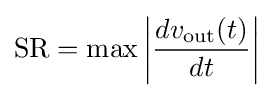
\mathrm {SR} =\max \left|{\frac {dv_{\mathrm {out} }(t)}{dt}}\right|